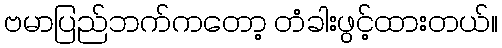
ဗမာပြည်ဘက်ကတော့ တံခါးဖွင့်ထားတယ်။